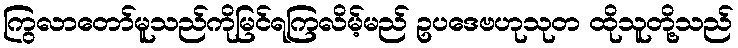
ကြွလာတော်မူသည်ကိုမြင်ရကြလိမ့်မည် ဥပဒေဗဟုသုတ ထိုသူတို့သည်